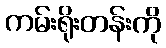
ကမ်းရိုးတန်းကို